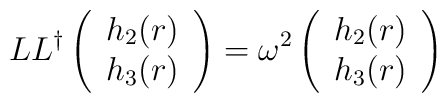
LL^\dagger \left( \begin{array}{c}h_2(r)\\  h_3(r)  \end{array} \right)= \omega^2\left( \begin{array}{c}h_2(r)\\  h_3(r)  \end{array} \right)